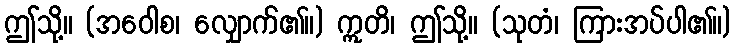
ဤသို့။ (အဝေါစ၊ လျှောက်၏။) ဣတိ၊ ဤသို့။ (သုတံ၊ ကြားအပ်ပါ၏။)